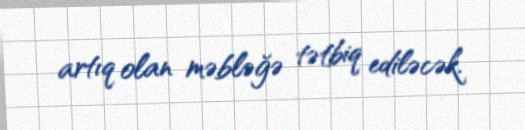
artıq olan məbləğə tətbiq ediləcək.